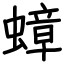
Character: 蟑